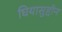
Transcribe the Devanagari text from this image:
घियासुद्दीन